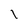
Character: l